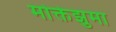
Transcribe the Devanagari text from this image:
मोक्तेझुमा